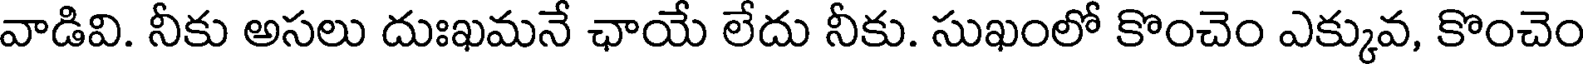
వాడివి. నీకు అసలు దుఃఖమనే ఛాయే లేదు నీకు. సుఖంలో కొంచెం ఎక్కువ, కొంచెం